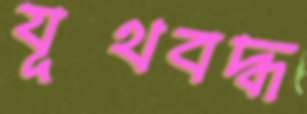
যূথবদ্ধ